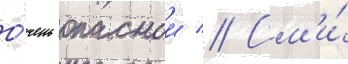
о́чень опаснои // См'и́